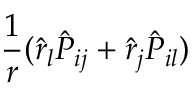
\frac { 1 } { r } ( \hat { r } _ { l } \hat { P } _ { i j } + \hat { r } _ { j } \hat { P } _ { i l } )